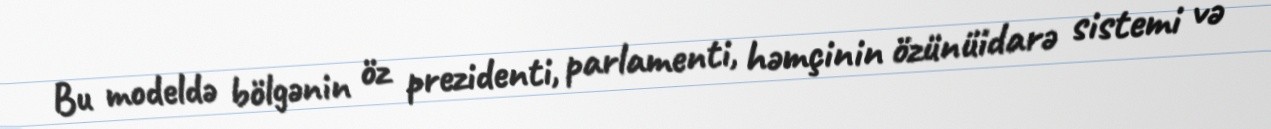
Bu modeldə bölgənin öz prezidenti, parlamenti, həmçinin özünüidarə sistemi və